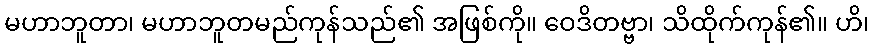
မဟာဘူတာ၊ မဟာဘူတမည်ကုန်သည်၏ အဖြစ်ကို။ ဝေဒိတဗ္ဗာ၊ သိထိုက်ကုန်၏။ ဟိ၊